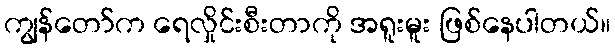
ကျွန်တော်က ရေလှိုင်းစီးတာကို အရူးမူး ဖြစ်နေပါတယ်။